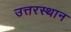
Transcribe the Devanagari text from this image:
उत्तरस्थान